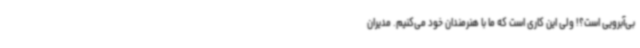
بی‌آبرویی است؟! ولی این کاری است که ما با هنرمندان خود می‌کنیم. مدیران